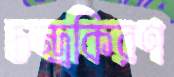
চন্দ্রকিরণ